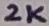
Text: 2K